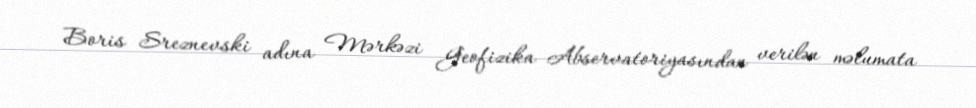
Boris Sreznevski adına Mərkəzi Geofizika Abservatoriyasından verilən məlumata